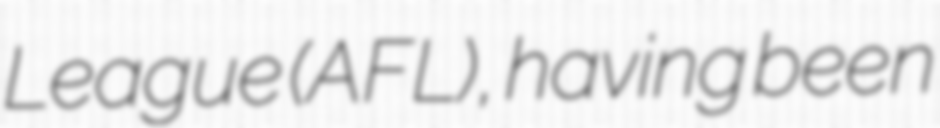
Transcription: League (AFL), having been